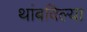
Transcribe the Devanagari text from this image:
थांबविल्या